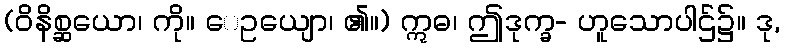
(ဝိနိစ္ဆယော၊ ကို။ ေဥယျော၊ ၏။) ဣဓ၊ ဤဒုက္ခ- ဟူသောပါဌ်၌။ ဒု,